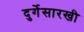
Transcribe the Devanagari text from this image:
दुर्गेसारखी